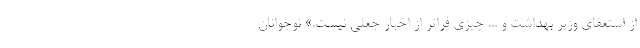
از استعفای وزیر بهداشت و ... چیزی فراتر از اخبار جعلی نیست.» نوجوانان